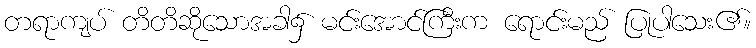
တရာကျပ် တိတိဆိုသောအခါ၌ မင်းအောင်ကြီးက ရောင်းမည် ပြုပါသေး၏။